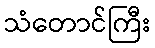
သံတောင်ကြီး